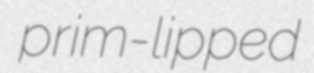
prim-lipped